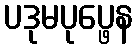
ပဒုမပုပ္ဖေန